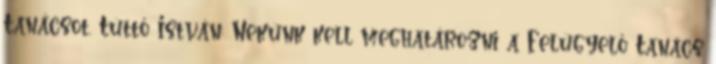
Tanácsot. Tüttő István: Nekünk kell meghatározni a Felügyelő Tanács